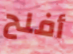
أفلح